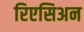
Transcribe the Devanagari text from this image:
रिएसिअन